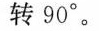
转90°。